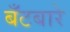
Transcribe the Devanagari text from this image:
बँटबारे